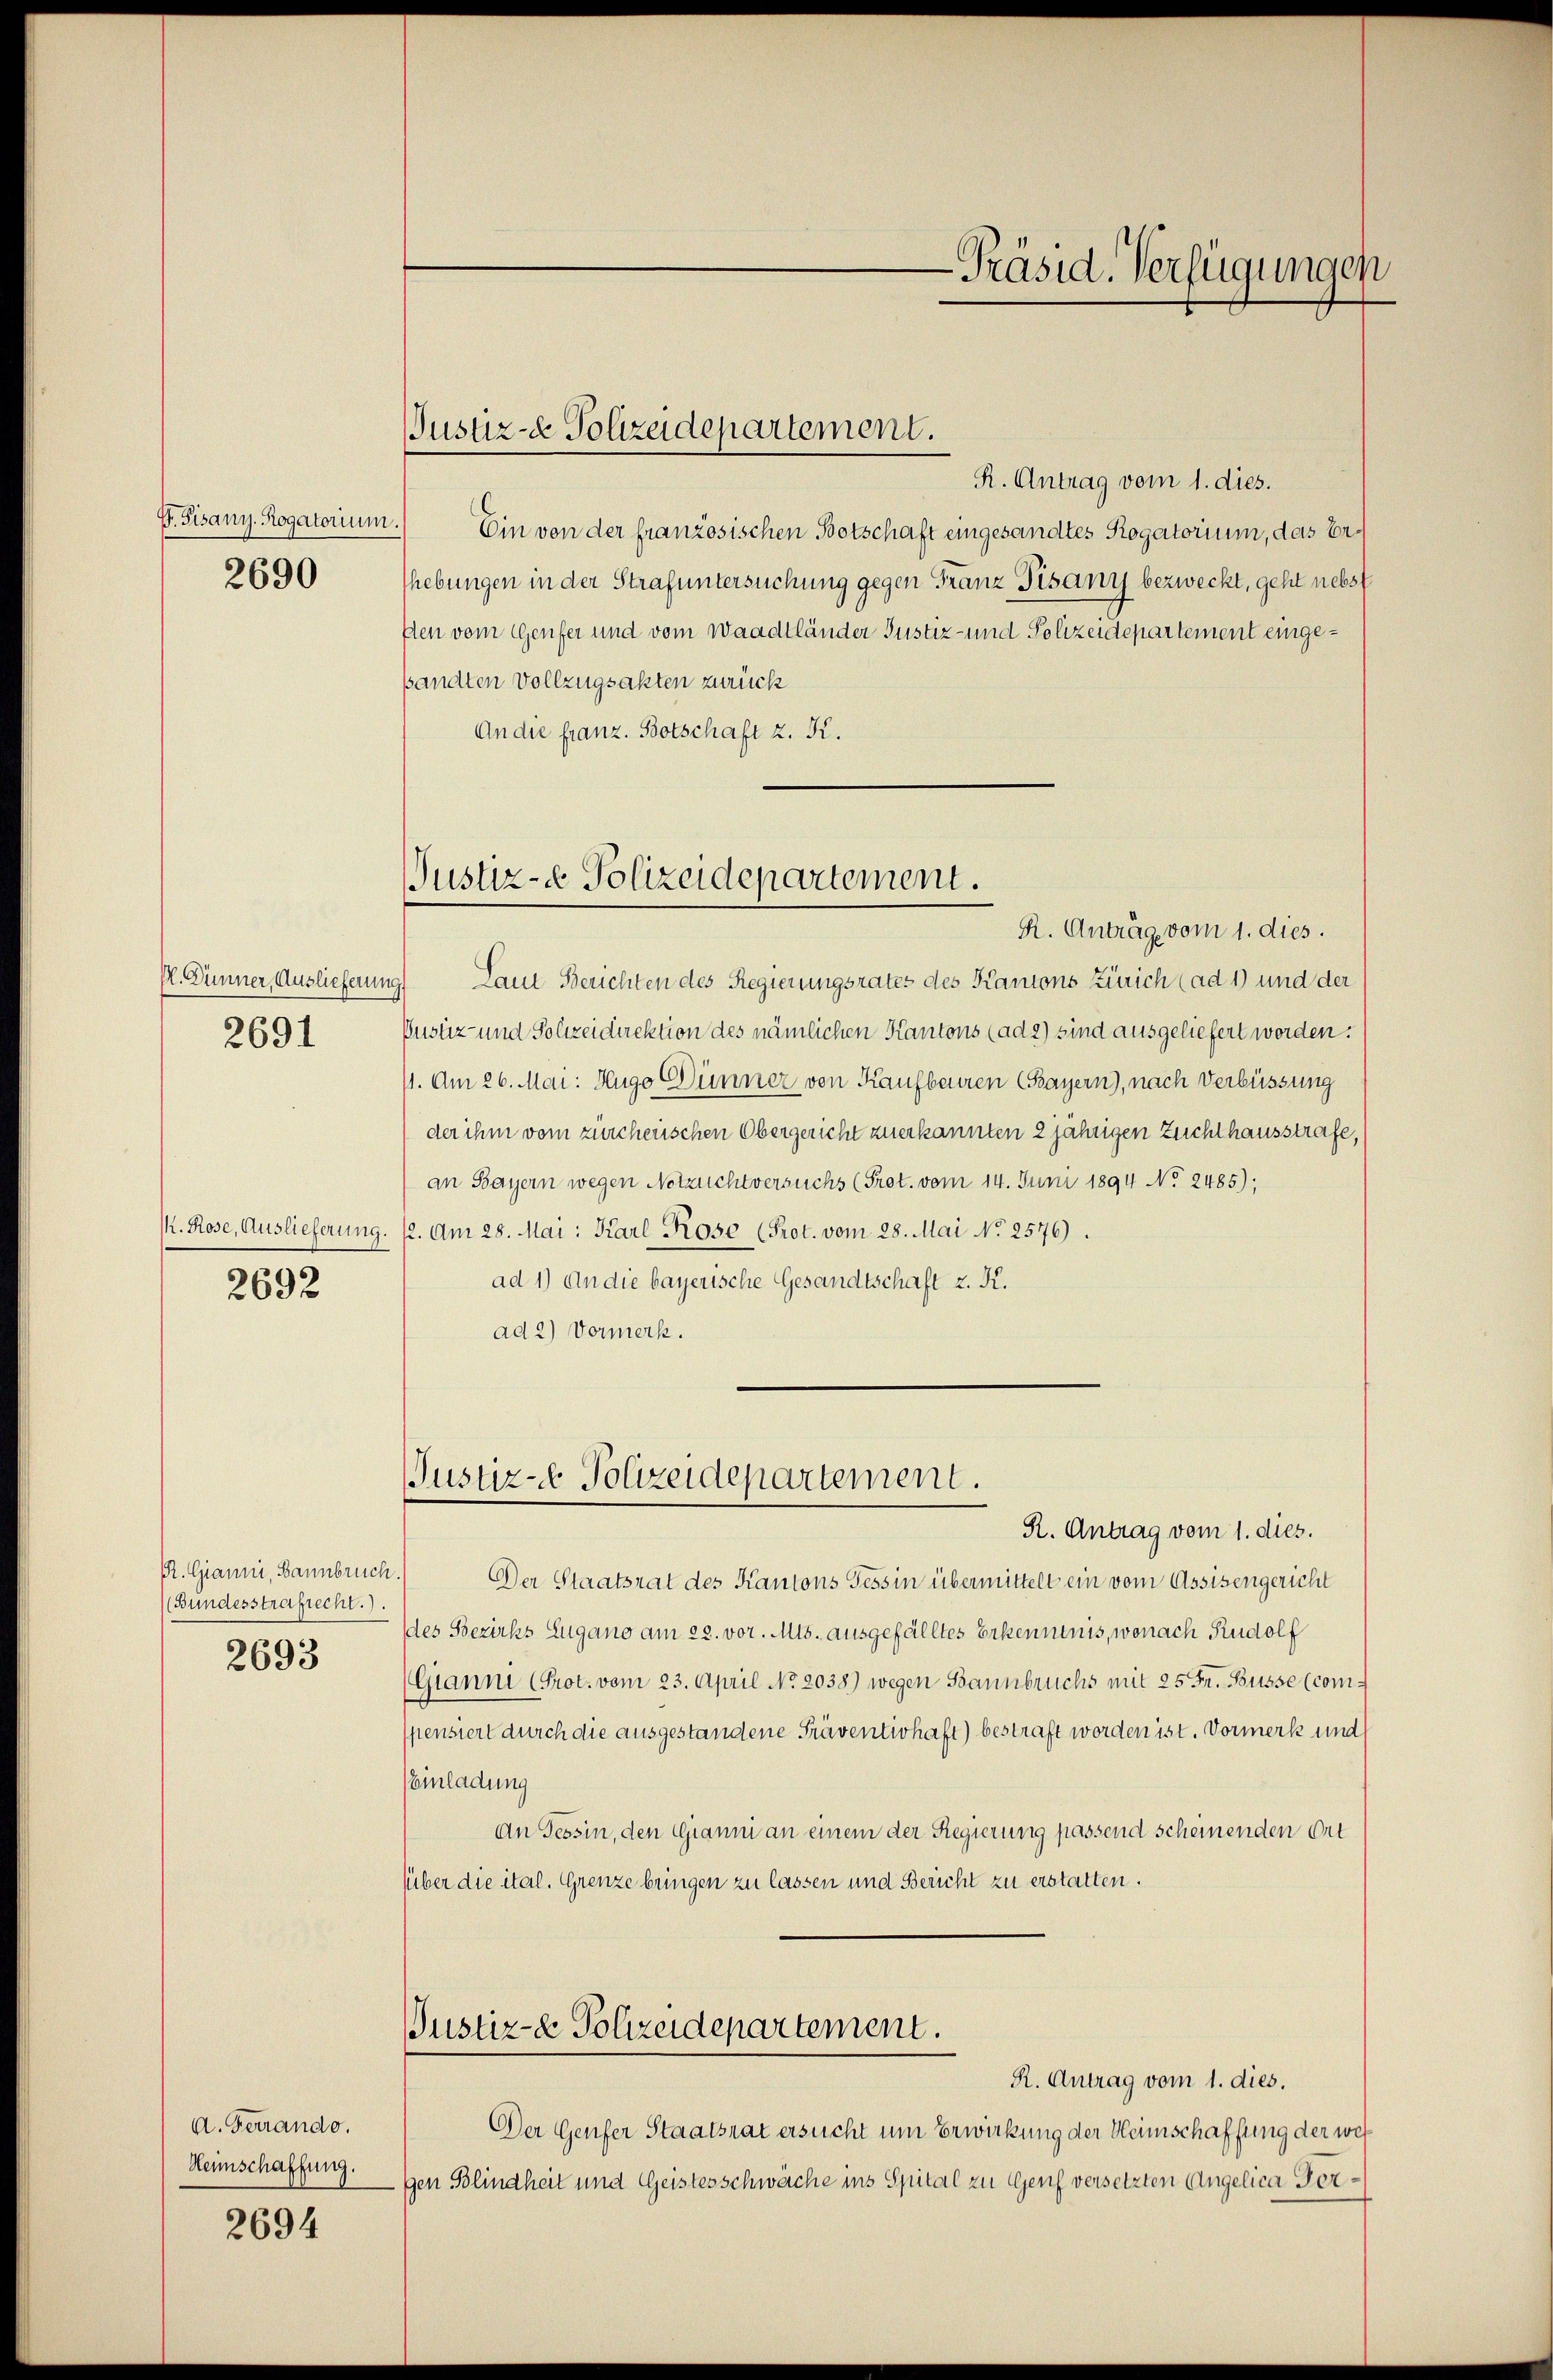
P. Pisany. Rogatorium.
2690

2691

2692

R. Gianni, Bannbruch.
(Bundesstrafrecht).
2693

A. Ferrando.
Heimschaffung.

2694

R. Antrag vom 1. dies.
Ein von der französischen Botschaft eingesandtes Rogatorium, das Ershebungen in der Strafuntersuchung gegen Franz Pisany bezweckt, geht nebst
Aen vom Genfer und vom Waadtländer Justiz- und Polizeidepartement eingepandten Vollzugsakten zurück
An die franz. Botschaft z. K.

Pl. Dümmer, Auslieferung) Laut Berichten des Regierungsrates des Kantons Zürich (ad 1) und der
Pustiz- und Polizeidirektion des nämlichen Kantons (ad 2) sind ausgeliefert worden.
11. Am 26. Mai: Hugo Dünner von Kaufbauren (Bayern), nach Verbüssung
der ihm vom zürcherischen Obergericht zuerkannten 2 jährigen Zuchthausstrafe,
an Bayern wegen Notzuchtversuchs (Prot. vom 14. Juni 1894 No 2485);
. Rose, Auslieferung. 12. Am 28. Mai: Karl Rose (Prot. vom 28. Mai No 2576).
ad 1) An die bayerische Gesandtschaft z. K.
ad 2.) Vormerk.

Justiz- & Polizeidepartement.

Justiz- & Polizeidepartement.
R. Antrag vom 1. dies.

Justiz- Polizeidepartement.

Justiz- & Polizeidepartement.

-Präsid. Verfügungen

R. Antrag vom 1. dies.
Der Staatsrat des Kantons Tessin übermittelt ein vom Assisengericht
des Bezirks Zugano am 22. vor. Mts. ausgefälltes Erkenntnis, wonach Rudolf
(Gianni (Prot. vom 23. April No 2038) wegen Bannbruchs mit 25 Fr. Büsse (comspensiert durch die ausgestandene Präventishaft) bestraft worden ist. Vormerk und
EEinladung
An Tessin, den Gianni an einem der Regierung passend scheinenden Ort
über die ital. Grenze bringen zu lassen und Bericht zu erstatten.

R. Antrag vom 1. dies.
Der Genfer Staatsrat ersucht um Erwirkung der Heimschaffung der wes
gen Blindheit und Geistesschwäche ins Spital zu Genf versetzten Angelica Fer¬